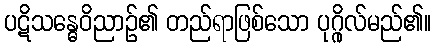
ပဋိသန္ဓေဝိညာဉ်၏ တည်ရာဖြစ်သော ပုဂ္ဂိုလ်မည်၏။